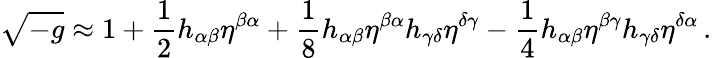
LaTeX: {\sqrt{-g}}\approx 1+{\frac{1}{2}}h_{\alpha\beta}\eta^{\beta\alpha}+{\frac{1}{8}}h_{\alpha\beta}\eta^{\beta\alpha}h_{\gamma\delta}\eta^{\delta\gamma}-{\frac{1}{4}}h_{\alpha\beta}\eta^{\beta\gamma}h_{\gamma\delta}\eta^{\delta\alpha}\, .